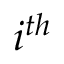
i ^ { t h }